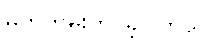
မှတ်တမ်းတင်ခဲ့ပါတယ်။